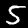
Digit: 5